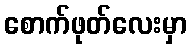
စောက်ဖုတ်လေးမှာ